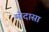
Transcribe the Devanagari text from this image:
मोदासा